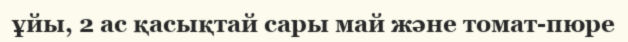
ұйы, 2 ас қасықтай сары май және томат-пюре